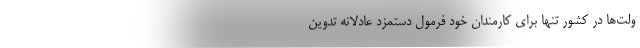
ولت‌ها در كشور تنها براي كارمندان خود فرمول دستمزد عادلانه تدوين